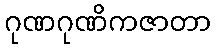
ဂုဏဂုဏိကဇာတာ